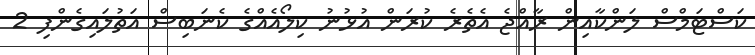
ކަސްޓަމްސް ލަންކާއިން ރާއްޖެ އެތެރެ ކުރަން އުޅުނު ކިލޯއެއްގެ ކެނަބިސް އަތުލައިގެންފި 2